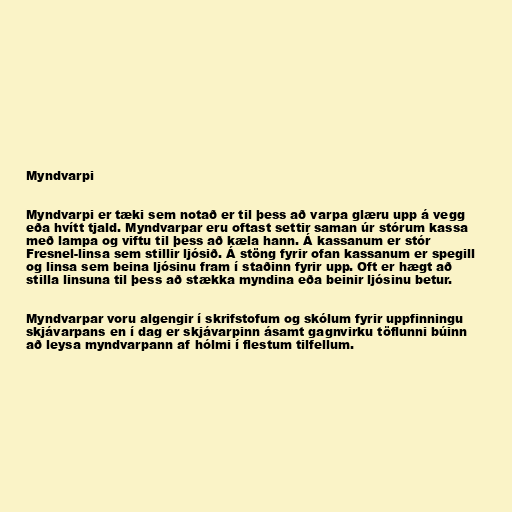
Myndvarpi

Myndvarpi er tæki sem notað er til þess að varpa glæru upp á vegg
eða hvítt tjald. Myndvarpar eru oftast settir saman úr stórum kassa
með lampa og viftu til þess að kæla hann. Á kassanum er stór
Fresnel-linsa sem stillir ljósið. Á stöng fyrir ofan kassanum er spegill
og linsa sem beina ljósinu fram í staðinn fyrir upp. Oft er hægt að
stilla linsuna til þess að stækka myndina eða beinir ljósinu betur.

Myndvarpar voru algengir í skrifstofum og skólum fyrir uppfinningu
skjávarpans en í dag er skjávarpinn ásamt gagnvirku töflunni búinn
að leysa myndvarpann af hólmi í flestum tilfellum.